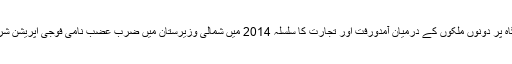
غلام خان کی سرحدی گزرگاہ پر دونوں ملکوں کے درمیان آمدورفت اور تجارت کا سلسلہ 2014 میں شمالی وزیرستان میں ضربِ عضب نامی فوجی آپریشن شروع ہونے پر بند کیا گیا تھا۔